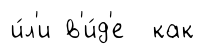
и́л'и в'и́д'е как